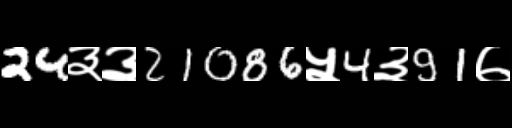
Text: 24३३21086५4३91७